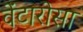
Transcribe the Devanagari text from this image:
वेंटारोसा